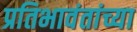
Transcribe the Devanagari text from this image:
प्रतिभावंतांच्या